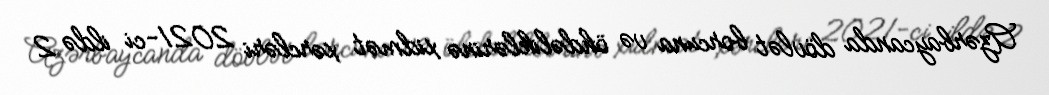
Azərbaycanda dövlət borcuna və öhdəliklərinə xidmət xərcləri 2021-ci ildə 2